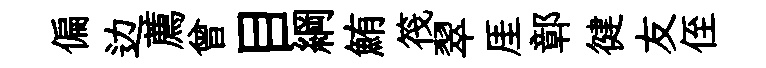
偏边薦曾目綱鮪筏翠厓鄣徤友侄